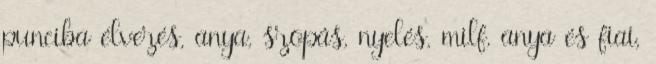
punciba élvezés, anya, szopás, nyelés, milf, anya és fiai,